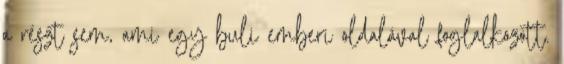
a részt sem, ami egy buli emberi oldalával foglalkozott.